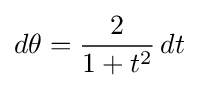
d\theta ={\frac {2}{1+t^{2}}}\,dt